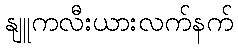
နျူကလီးယားလက်နက်